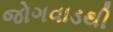
જોગવાડથી